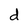
Character: d